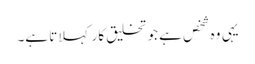
یہی وہ شخص ہے جو تخلیق کار کہلاتا ہے۔